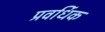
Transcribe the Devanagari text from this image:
प्रवर्धिक